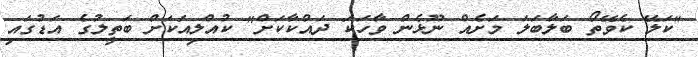
"ކަލޭ ކެވޭތޯ ބަލާބަލަ މަށެއް ނޫޅެން ވާހަކަ ދައްކާކަށް" ކުއްލިއަކަށް ބަތީލުގެ އަޑުގައި